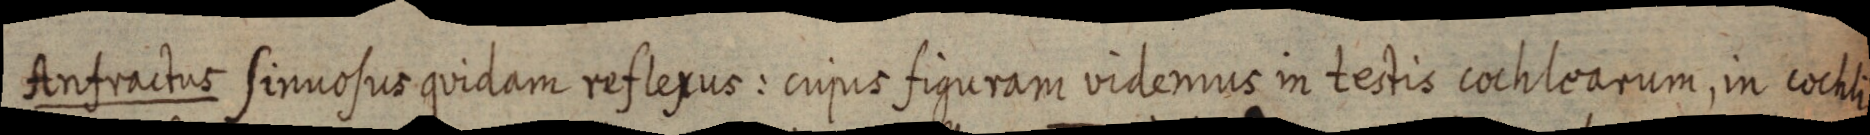
Anfractus sinuosus quidam reflexus: cujus figuram videmus in testis cochlearum, in cochli